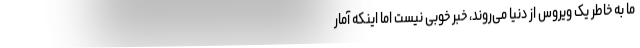
ما به خاطر یک ویروس از دنیا می‌روند، خبر خوبی نیست اما اینکه آمار